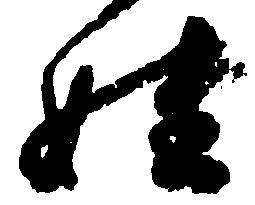
姓